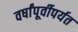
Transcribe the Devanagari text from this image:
वर्षांपूर्वीपर्यत